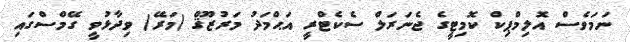
ނަމަވެސް އޮލިމްޕިކް ކޮމިޓީގެ ޖެނަރަލް ސެކެޓްރީ އަޙްމަދު މަރުޒޫޤް (މަރޭ) ވިދާޅުވީ ގޭމްސްގައި